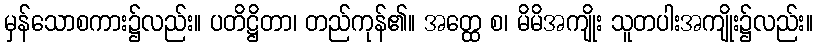
မှန်သောစကား၌လည်း။ ပတိဋ္ဌိတာ၊ တည်ကုန်၏။ အတ္ထေ စ၊ မိမိအကျိုး သူတပါးအကျိုး၌လည်း။